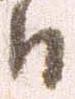
日